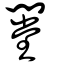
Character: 闛